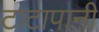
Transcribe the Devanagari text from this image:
टाटापानी